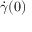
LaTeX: { \dot { \gamma } } ( 0 )